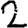
Digit: 2